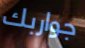
جواربك